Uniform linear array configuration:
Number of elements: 16
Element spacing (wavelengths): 1
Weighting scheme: hann
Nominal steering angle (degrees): -30
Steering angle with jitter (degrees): -31.043
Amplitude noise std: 0.05
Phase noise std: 0.05

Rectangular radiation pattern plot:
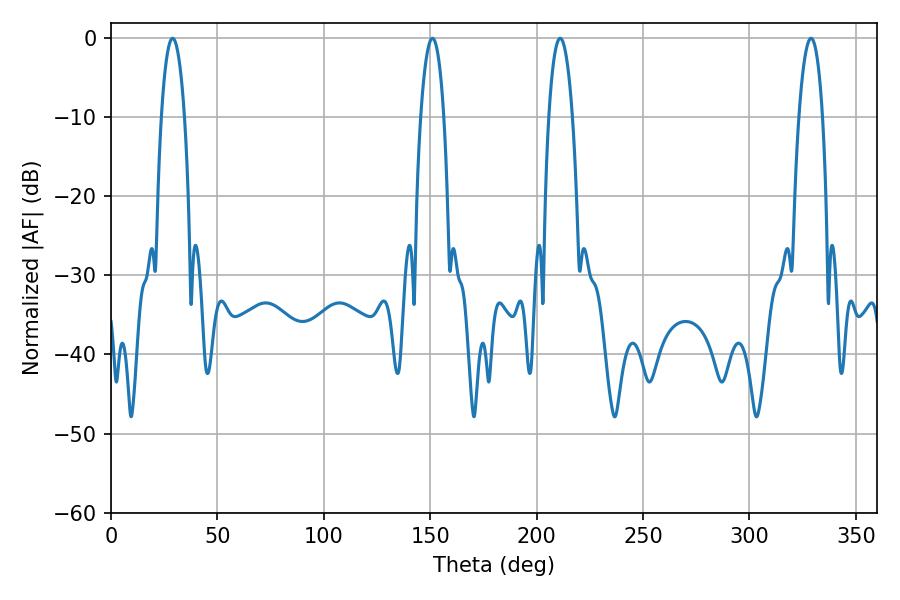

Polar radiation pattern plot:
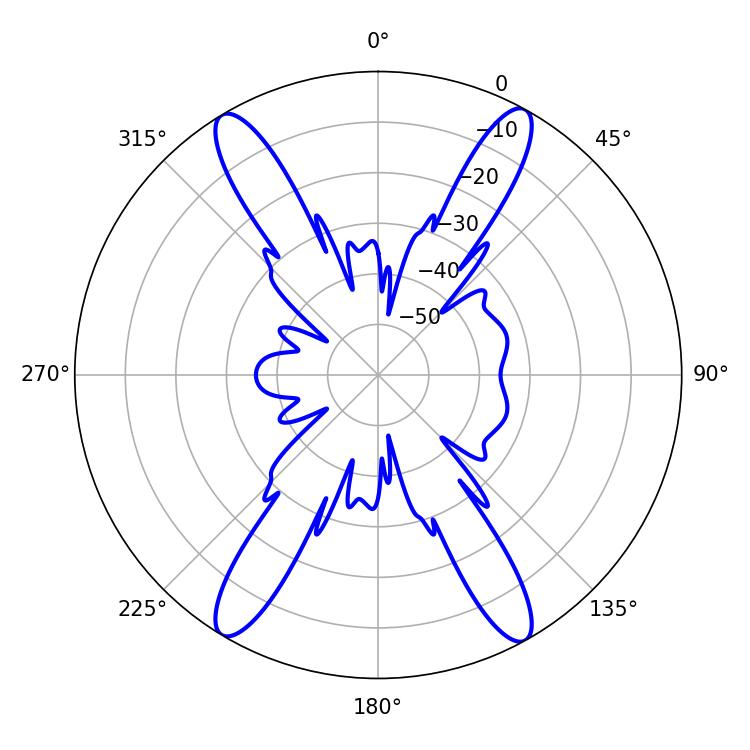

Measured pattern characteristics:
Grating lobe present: TRUE
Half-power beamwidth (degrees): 6.12
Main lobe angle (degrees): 151.02